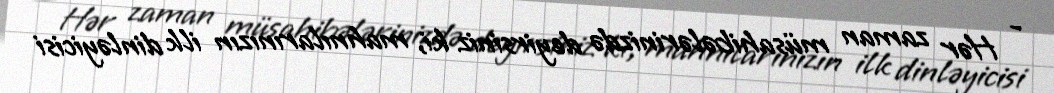
- Hər zaman müsahibələrinizdə deyirsiniz ki, mahnılarınızın ilk dinləyicisi